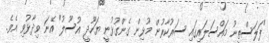
"ފަލަސްތީނު މައްސަލައިގައި ސަރުކާރުން މުޅިން ގެންގުޅުނީ ޔަހޫދީ އުސޫލު" އޭނަ ވިދާޅުވި އެވެ.